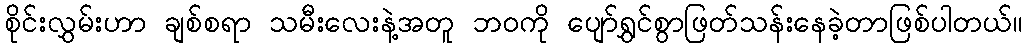
စိုင်းလွှမ်းဟာ ချစ်စရာ သမီးလေးနဲ့အတူ ဘဝကို ပျော်ရွှင်စွာဖြတ်သန်းနေခဲ့တာဖြစ်ပါတယ်။